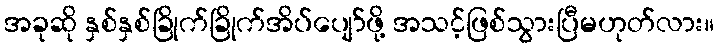
အခုဆို နှစ်နှစ်ခြိုက်ခြိုက်အိပ်ပျော်ဖို့ အသင့်ဖြစ်သွားပြီမဟုတ်လား။